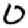
Digit: 0